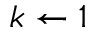
k \leftarrow 1